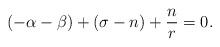
LaTeX: \begin{align*} (-\alpha-\beta)+(\sigma-n)+\frac{n}{r} = 0.\end{align*}